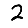
Digit: 2